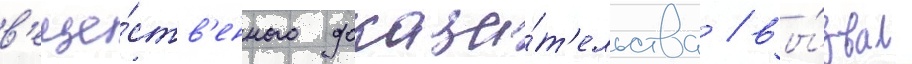
в'еще́ств'енного доказа́т'ельства / вы́звал